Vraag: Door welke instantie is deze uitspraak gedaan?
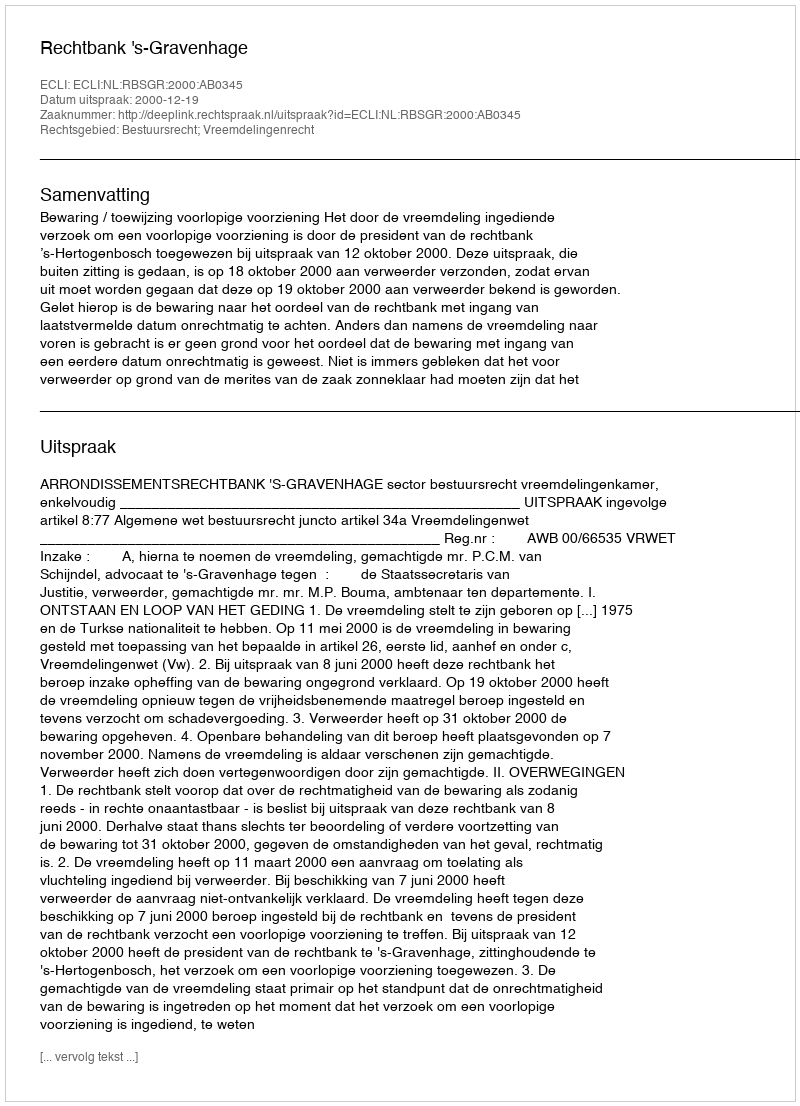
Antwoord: Rechtbank 's-Gravenhage